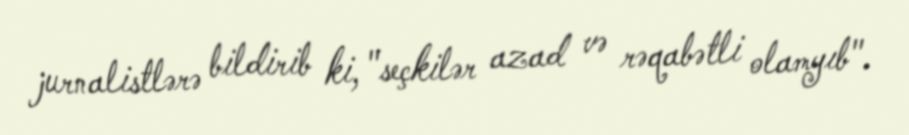
jurnalistlərə bildirib ki, "seçkilər azad və rəqabətli olamyıb".